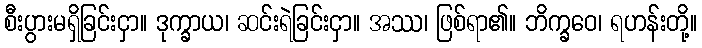
စီးပွားမရှိခြင်းငှာ။ ဒုက္ခာယ၊ ဆင်းရဲခြင်းငှာ။ အဿ၊ ဖြစ်ရာ၏။ ဘိက္ခဝေ၊ ရဟန်းတို့။